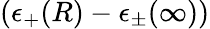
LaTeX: (\epsilon_{+}(R)-\epsilon_{\pm}(\infty))